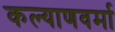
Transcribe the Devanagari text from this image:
कल्याणवर्मा